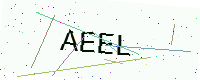
Text: AEEL